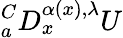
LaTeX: {}_{a}^{C}D_{x}^{\alpha(x),\lambda}U